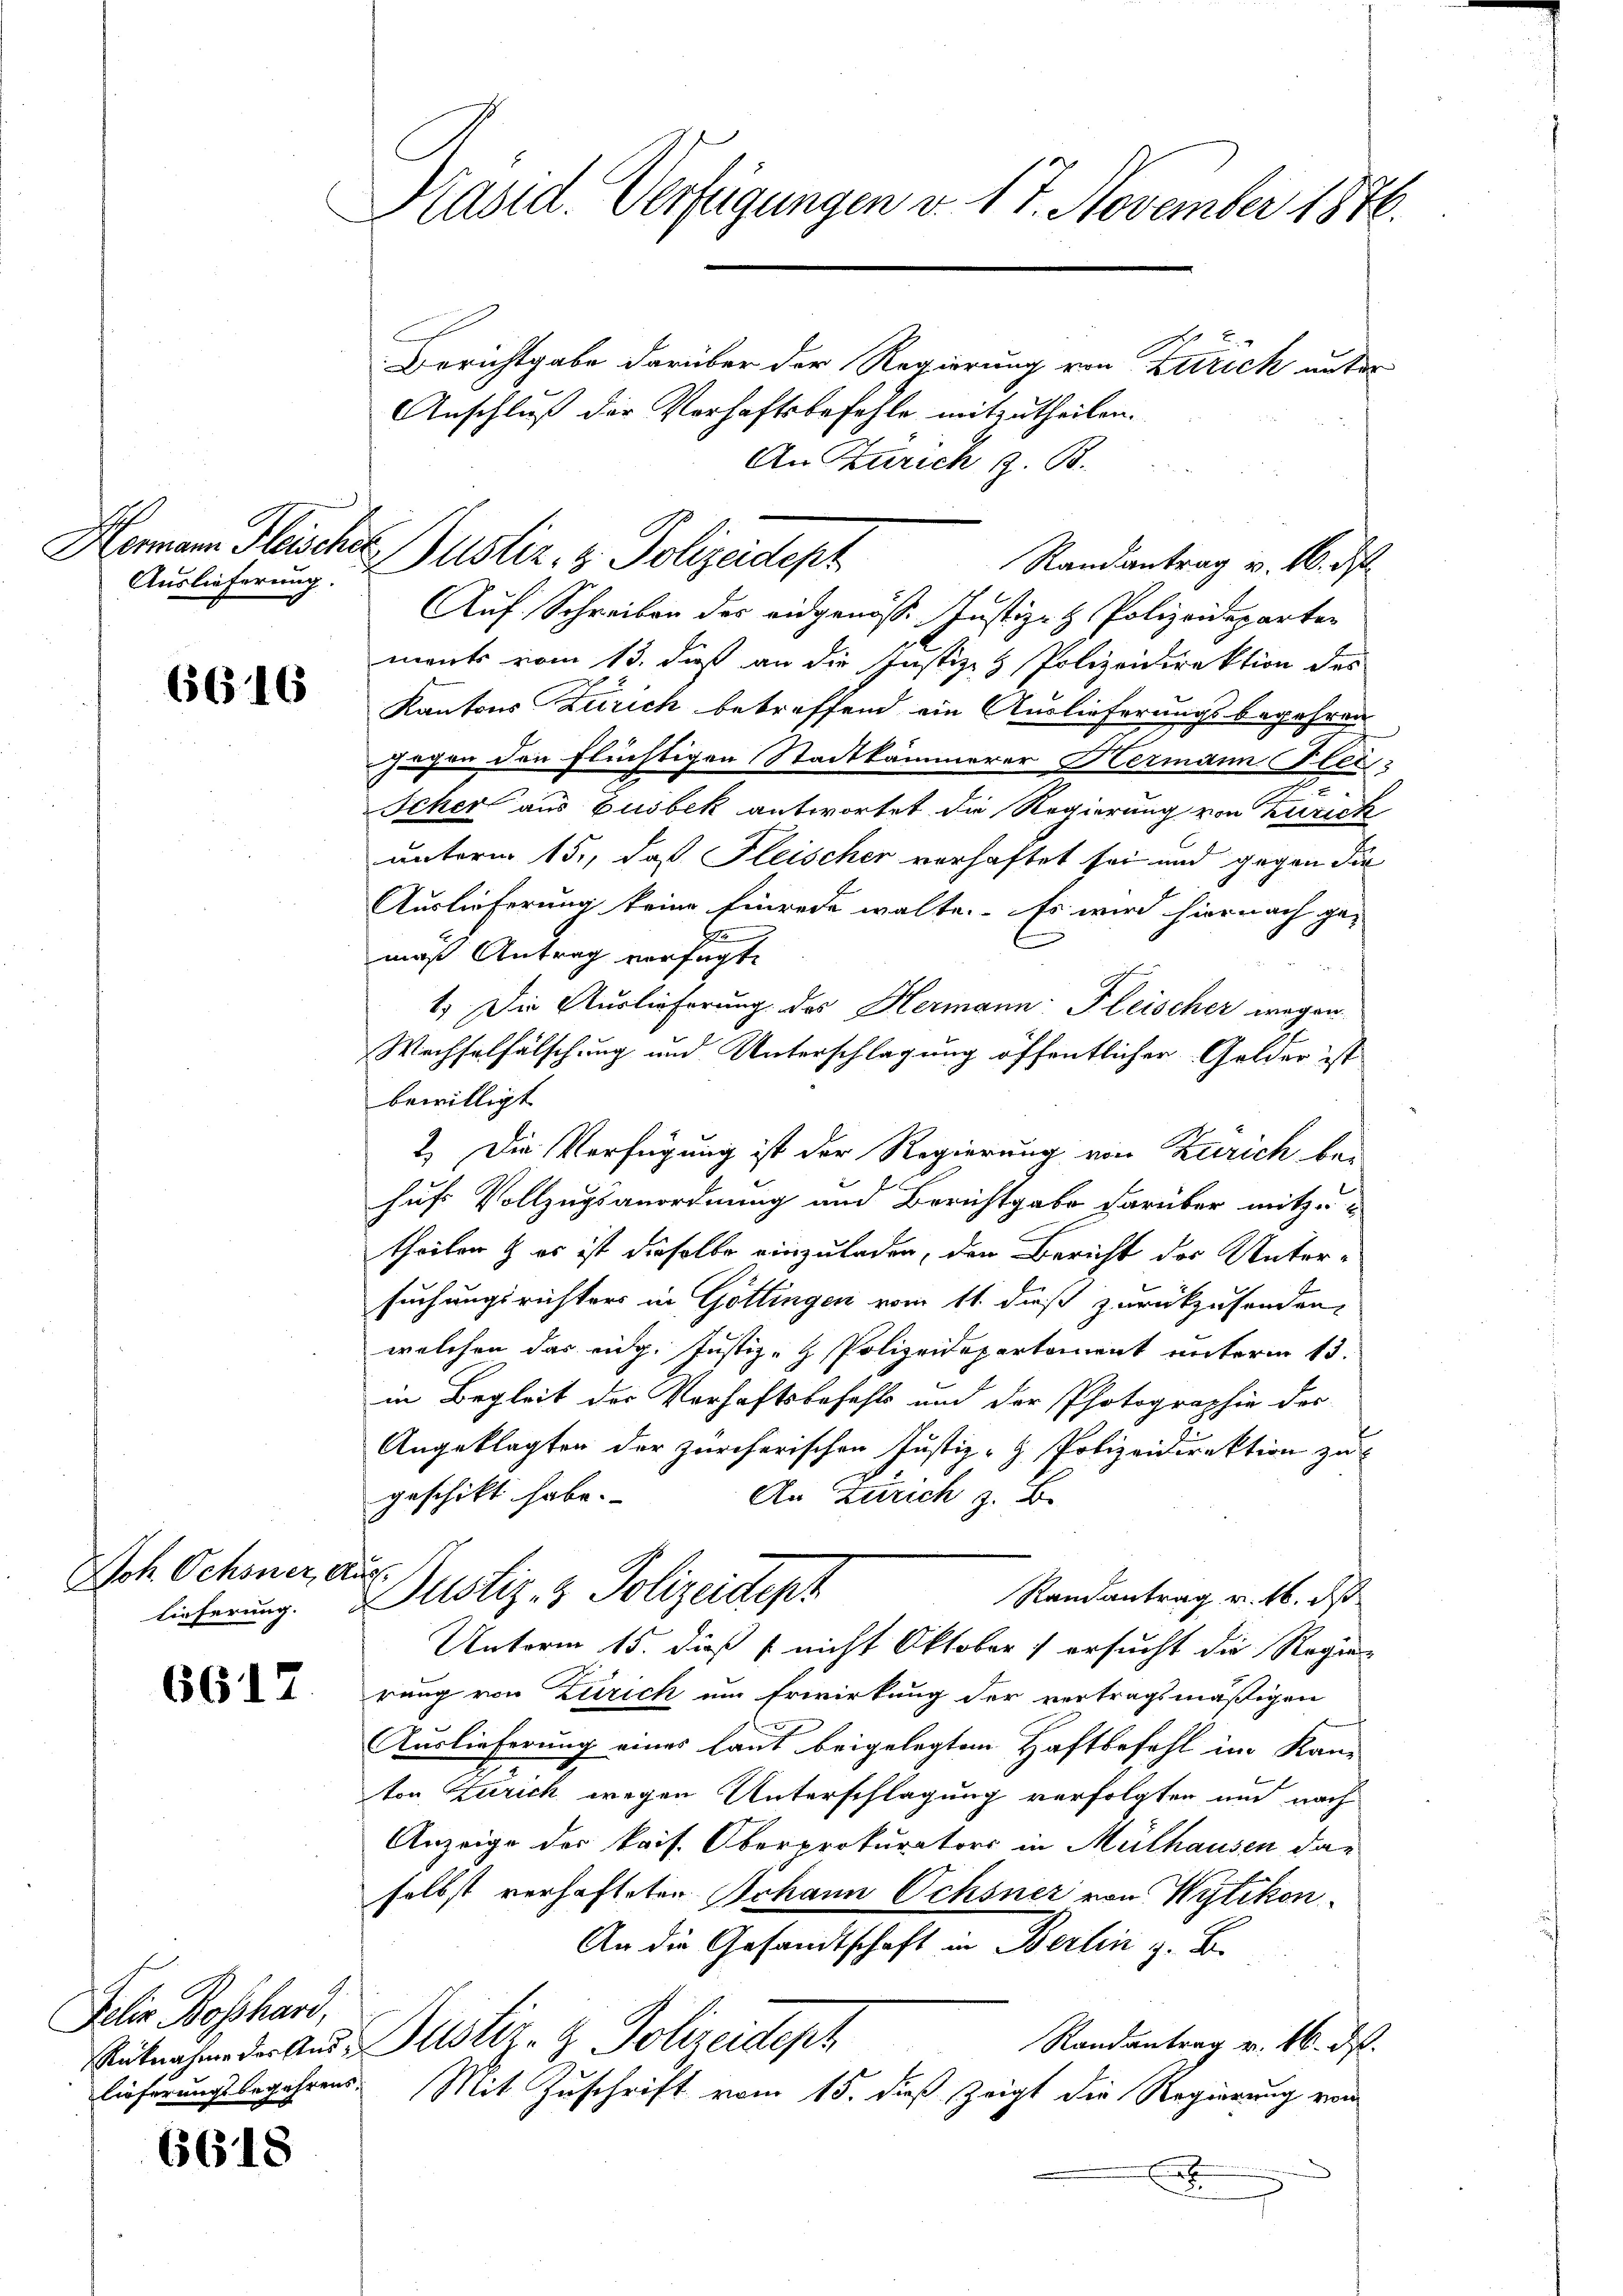
Auslieferung.

6616

Joh Ochsner, Aus

6617

Jelis Boschari,

6618

Präsid. Verfügungen v. 17. November 1876.

Hermann Fleisches Zustiz- & Polizeidept

Berichtgabe darüber der Regierung von Zürich unter
Anschluß der Verhaftsbefehle mitzutheilen.
An Zürich z. B.
Auf Schreiben des eidgenösse Justiz- & Polizeideparten
ments vom 13. dieß an die Justiz- & Polizeidirektion des
Kantons Zürich betreffend ein Auslieferungsbegehren
2
gegen den flüchtigen Stadtkämmerer Hermann Blei¬
Icher aus Ausbek antwortet die Regierung von Zurick
unterm 15., daß Fleischer verhaftet sei und gegen die
Auslieferung keine finrede walte. Es wird hiernach ge-
maß Antrag verfügte
1. Die Auslieferung des Hermann Fleischer wegen
Wechselfälschung und Unterschlagung öffentlicher Gelder ist
bewilligt
2.) Die Verfügung ist der Regierung von Zürich be-
hufs Vollzugsanordnung und Berichtgabe darüber mitzutheilen & es ist dieselbe einzuladen, den Bericht des Untersuchungsrichters in Göttingen vom 11. dieß zurückzusenden,
welchen das eidg. Justiz- & Polizeidepartement unterm 13.
in Begleit des Verhaftsbefehls und der Photographie des
Angeklagten der zürcherischen Justiz- & Polizeidirektion zu
geschikt habe.
An Zürich z. B.
Randantrag u. 16. d
licherung. Dustiz- & Polizeidept
Unterm 15. dieß nicht Oktober) ersucht die Regie
rung von Zürich um Erwirkung der vertragsmäßigen
Auslieferung eines laut beigelegten Haftbefehl im Kanton Zürich wegen Unterschlagung verfolgten und nach
Anzeige der kais. Oberprokurators in Mülhausen das
selbst verhafteten Johann Ochsner von Wytikon
An die Gesandtschaft in Berlin z. B.
Randantrag v. 16. ds.
itnahme der And. Justiz- & Polizeidept
lieferungsbegehrens. Mit Zuschrift vom 15. dieß zeigt die Regierung vom
x

Randantrag v. M. d